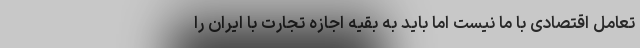
تعامل اقتصادی با ما نیست اما باید به بقیه اجازه تجارت با ایران را